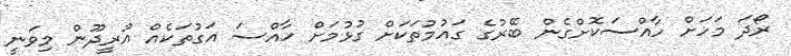
ރޯދަ މަހަށް ހާއްސަކޮށްގެން ބޭރުގެ ގައުމުތަކަށް ގުޅުމަށް ހާއްސަ އަގުތަކެއް އުރީދޫން މިވަނީ